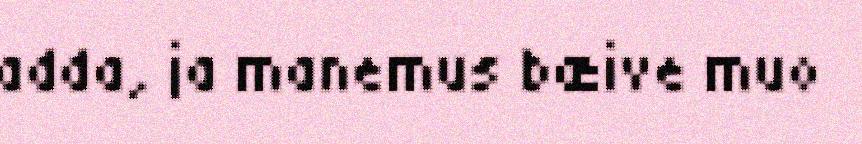
adda, ja manemus bæive muo